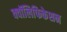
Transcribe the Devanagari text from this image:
क्वॉलिफिकेशन